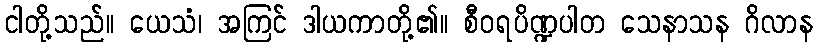
ငါတို့သည်။ ယေသံ၊ အကြင် ဒါယကာတို့၏။ စီဝရပိဏ္ဍပါတ သေနာသန ဂိလာန